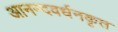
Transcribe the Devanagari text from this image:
आनन्दवर्धनकृत